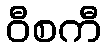
ဝီစကီ